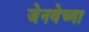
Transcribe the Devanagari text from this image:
जेनवेच्या